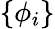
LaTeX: \{ \phi_{i}\}